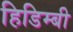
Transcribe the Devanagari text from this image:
हिडिम्बी